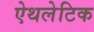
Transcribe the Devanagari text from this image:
ऐथलेटिक